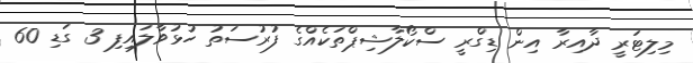
މިލިޓަރީ ދާއިރާ އިން ޑިގްރީ ސްކޯލާޝިޕްތަކެއްގެ ފުރުސަތު ހުޅުވާލައިފި 3 ގަޑި 60